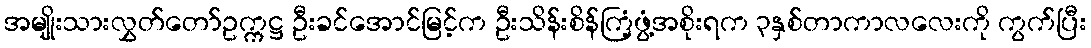
အမျိုးသားလွှတ်တော်ဥက္ကဋ္ဌ ဦးခင်အောင်မြင့်က ဦးသိန်းစိန်ကြံ့ဖွံ့အစိုးရက ၃နှစ်တာကာလလေးကို ကွက်ပြီး